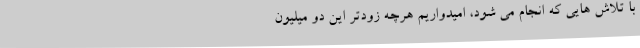
با تلاش ‌هایی که انجام می ‌شود، امیدواریم هرچه زودتر این دو میلیون